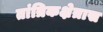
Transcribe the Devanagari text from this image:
तांत्रिकक्षेत्रास